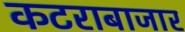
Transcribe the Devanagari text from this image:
कटराबाजार